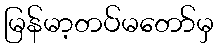
မြန်မာ့တပ်မတော်မှ